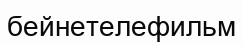
бейнетелефильм